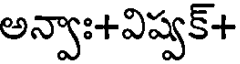
అన్వాః+విష్వక్+